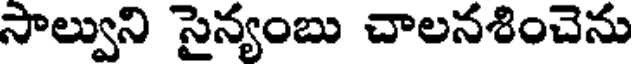
సాల్వుని సైన్యంబు చాలనశించెను